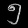
Digit: ၅